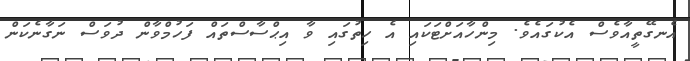
އެނގޭތީއާވެސް އެކުގައެވެ. މިންހާއަށްޓަކައި އެ ހިތުގައި ވާ އިޙްސާސްތައް ފަހުމްވާން ދުވަސް ނަގާނެކަން